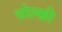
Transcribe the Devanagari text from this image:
वोल्फ़ी